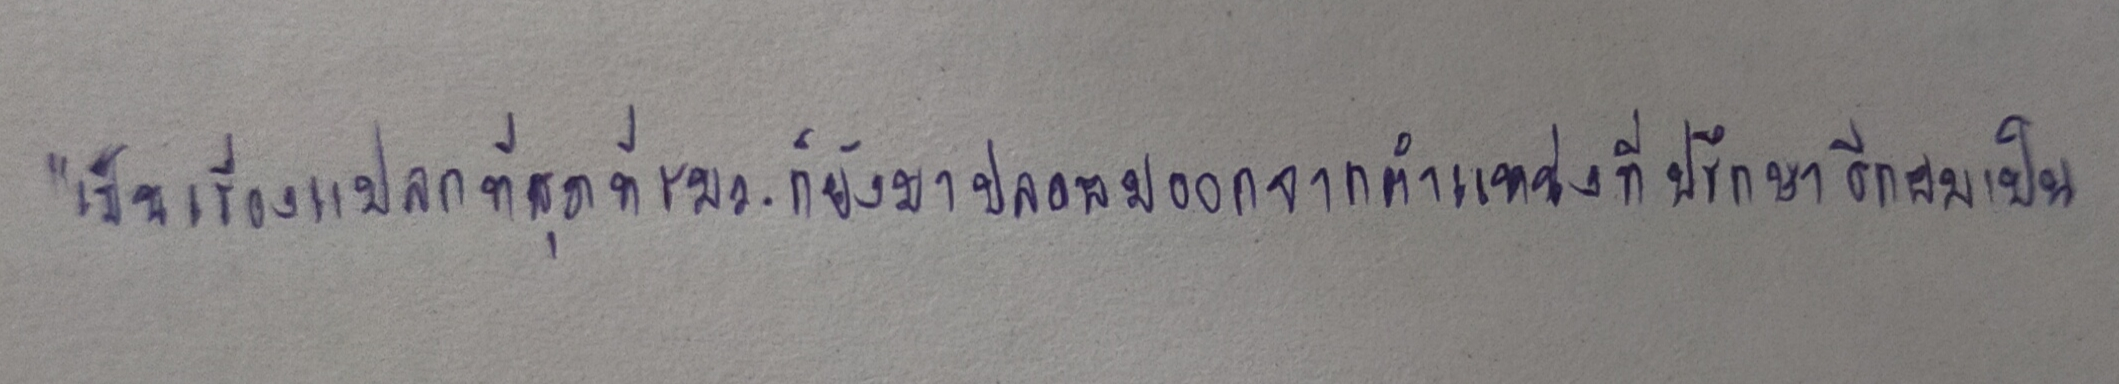
"เป็นเรื่องแปลกที่สุดที่รมว.ก็ยังมาปลดผมออกจากตำแหน่งที่ปรึกษาอีกผมเป็น